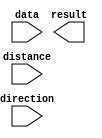
module SHIFT (
	data,
	direction,
	distance,
	result);

	input	[15:0]  data;
	input	  direction;
	input	[3:0]  distance;
	output	[15:0]  result;

endmodule